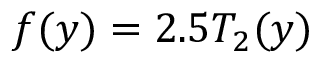
f ( y ) = 2 . 5 T _ { 2 } ( y )